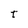
Character: T